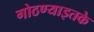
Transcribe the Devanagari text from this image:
गोठण्याइतके